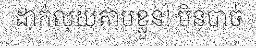
ដាក់លុយតាមខ្លួន! មិនបាច់